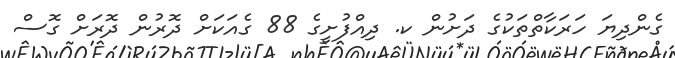
ގެންދިޔަ ހަރަކާތްތަކުގެ ދަށުން ކ. ދިއްފުށީގެ 88 ގެއަކަށް ދޮރުން ދޮރަށް ގޮސް